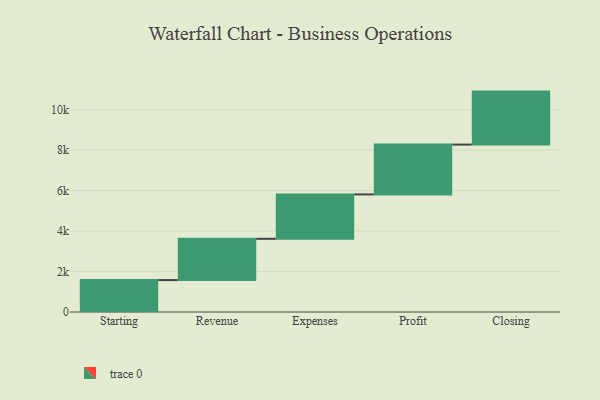
{"axis": {"x": "Step", "y": "Value"}, "legend": [""], "data": [{"x": "Starting", "y": 1577.0, "type": ""}, {"x": "Revenue", "y": 2040.0, "type": ""}, {"x": "Expenses", "y": 2193.0, "type": ""}, {"x": "Profit", "y": 2462.0, "type": ""}, {"x": "Closing", "y": 2618.0, "type": ""}]}